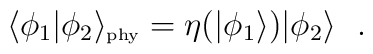
\langle\phi_1|\phi_2\rangle_{\mbox{\tiny phy}} = \eta(|\phi_1\rangle)|\phi_2\rangle \ \ .